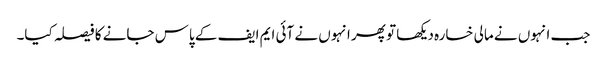
جب انہوں نے مالی خسارہ دیکھا تو پھر انہوں نے آئی ایم ایف کے پاس جانے کا فیصلہ کیا۔